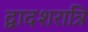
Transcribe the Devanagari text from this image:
द्वादशरात्रि